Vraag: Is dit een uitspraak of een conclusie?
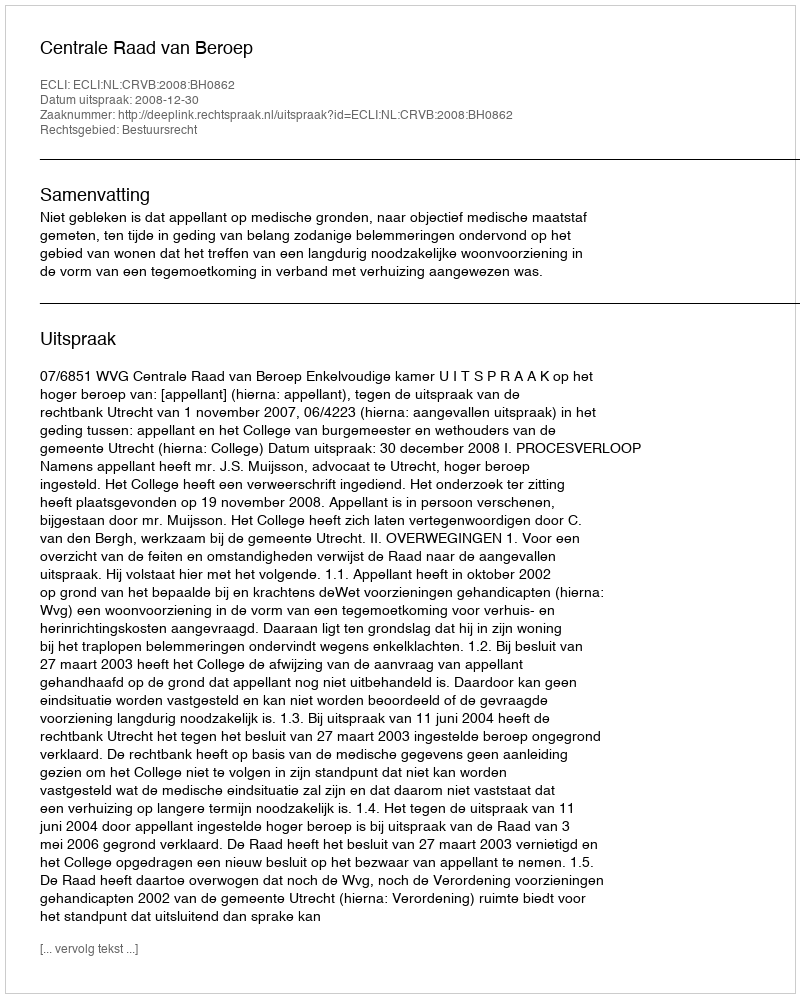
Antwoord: Uitspraak